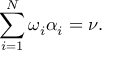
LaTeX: \sum _ { i = 1 } ^ { N } \omega _ { i } \alpha _ { i } = \nu .